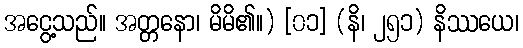
အငွေ့သည်။ အတ္တနော၊ မိမိ၏။) [၀၁] (နိ၊ ၂၅၁) နိဿယေ၊